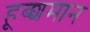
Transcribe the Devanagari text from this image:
हूब्शमान